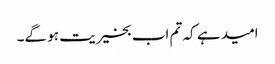
امید ہے کہ تم اب بخیریت ہو گے۔